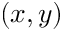
( x , y )